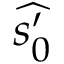
\widehat { s _ { 0 } ^ { \prime } }